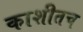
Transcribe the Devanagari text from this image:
काशीतच